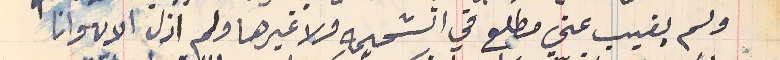
ولم يغيب عني مطلع في الشحيمه ولا غيرها ولم ازل الان وانا